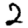
Digit: 2